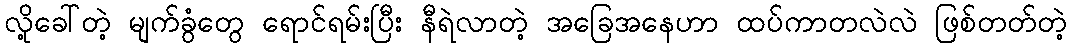
လို့ခေါ်တဲ့ မျက်ခွံတွေ ရောင်ရမ်းပြီး နီရဲလာတဲ့ အခြေအနေဟာ ထပ်ကာတလဲလဲ ဖြစ်တတ်တဲ့